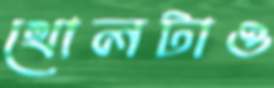
খোলটাও